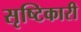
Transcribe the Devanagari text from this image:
सृष्टिकारी